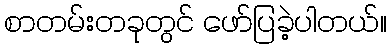
စာတမ်းတခုတွင် ဖော်ပြခဲ့ပါတယ်။